Civil Veterinary Department. United Provinces 1932-42 - 1932-1942
Year: 1932
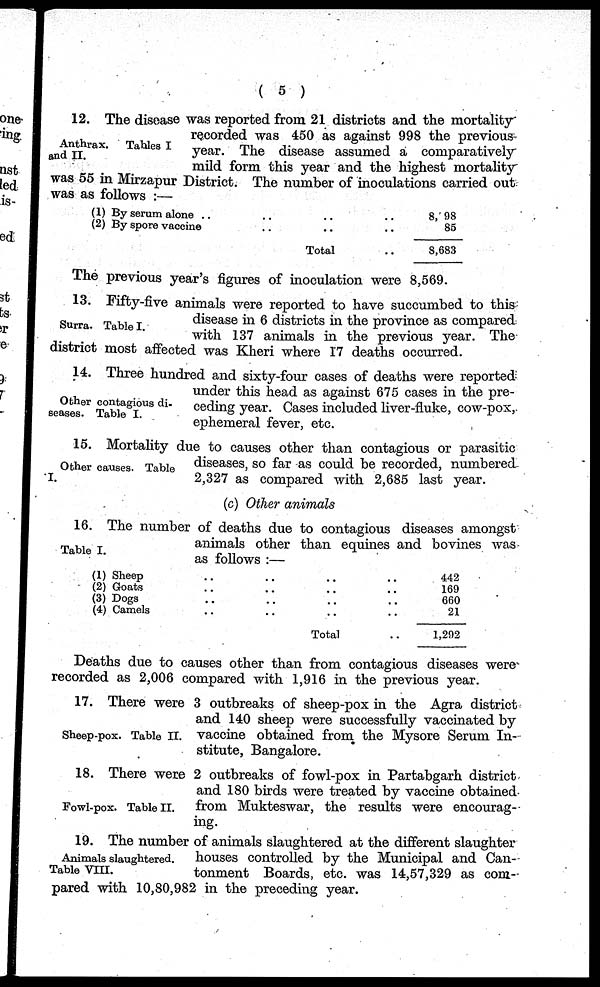
( 5 )
Anthrax.
Tables I
and II.
12. The disease was reported from 21 districts and the mortality
recorded was 450 as against 998 the previous
year. The disease assumed a comparatively
mild form this year and the highest mortality
was 55 in Mirzapur District. The number of inoculations carried out
was as follows :—
(1) By serum alone .. .. .. ..
(2) By spore vaccine .. .. ..
Total ..
8, 98
85
8,683
The previous year's figures of inoculation were 8,569.
Surra. Table I.
13. Fifty-five animals were reported to have succumbed to this
disease in 6 districts in the province as compared
with 137 animals in the previous year. The
district most affected was Kheri where 17 deaths occurred.
Other contagious di-
seases. Table I.
14. Three hundred and sixty-four cases of deaths were reported
under this head as against 675 cases in the pre-
ceding year. Cases included liver-fluke, cow-pox,
ephemeral fever, etc.
Other causes. Table
I.
15. Mortality due to causes other than contagious or parasitic
diseases, so far as could be recorded, numbered
2,327 as compared with 2,685 last year.
(c) Other animals
Table I.
16. The number of deaths due to contagious diseases amongst
animals other than equines and bovines was
as follows:—
(1) Sheep .. .. .. ..
(2) Goats .. .. .. ..
(3) Dogs .. .. .. ..
(4) Camels .. .. .. ..
Total ..
442
169
660
21
1,292
Deaths due to causes other than from contagious diseases were
recorded as 2,006 compared with 1,916 in the previous year.
Sheep-pox. Table II.
17. There were 3 outbreaks of sheep-pox in the Agra district
and 140 sheep were successfully vaccinated by
vaccine obtained from the Mysore Serum In-
stitute, Bangalore.
Fowl-pox. Table II.
18. There were 2 outbreaks of fowl-pox in Partabgarh district
and 180 birds were treated by vaccine obtained
from Mukteswar, the results were encourag-
ing.
Animals slaughtered.
Table VIII.
19. The number of animals slaughtered at the different slaughter
houses controlled by the Municipal and Can-
tonment Boards, etc. was 14,57,329 as com-
pared with 10,80,982 in the preceding year.